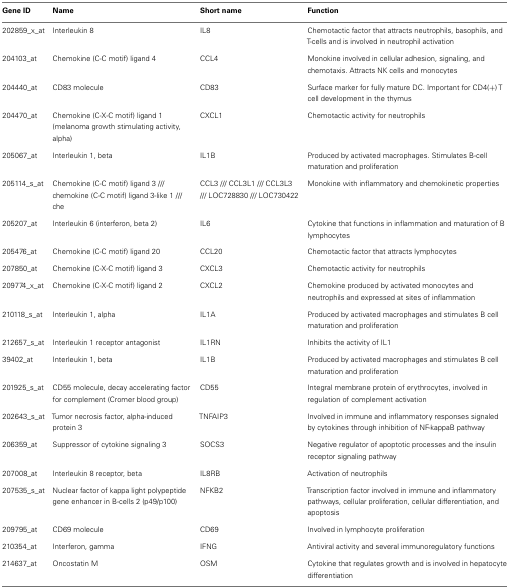
<table><thead><tr><td><b>Gene ID</b></td><td><b>Name</b></td><td><b>Short name</b></td><td><b>Function</b></td></tr></thead><tbody><tr><td>202859_x_at</td><td>Interleukin 8</td><td>IL8</td><td>Chemotactic factor that attracts neutrophils, basophils, and T-cells and is involved in neutrophil activation</td></tr><tr><td>204103_at</td><td>Chemokine (C-C motif) ligand 4</td><td>CCL4</td><td>Monokine involved in cellular adhesion, signaling, and chemotaxis. Attracts NK cells and monocytes</td></tr><tr><td>204440_at</td><td>CD83 molecule</td><td>CD83</td><td>Surface marker for fully mature DC. Important for CD4(+) T cell development in the thymus</td></tr><tr><td>204470_at</td><td>Chemokine (C-X-C motif) ligand 1 (melanoma growth stimulating activity, alpha)</td><td>CXCL1</td><td>Chemotactic activity for neutrophils</td></tr><tr><td>205067_at</td><td>Interleukin 1, beta</td><td>IL1B</td><td>Produced by activated macrophages. Stimulates B-cell maturation and proliferation</td></tr><tr><td>205114_s_at</td><td>Chemokine (C-C motif) ligand 3 /// chemokine (C-C motif) ligand 3-like 1 /// che</td><td>CCL3 /// CCL3L1 /// CCL3L3 /// LOC728830 /// LOC730422</td><td>Monokine with inflammatory and chemokinetic properties</td></tr><tr><td>205207_at</td><td>Interleukin 6 (interferon, beta 2)</td><td>IL6</td><td>Cytokine that functions in inflammation and maturation of B lymphocytes</td></tr><tr><td>205476_at</td><td>Chemokine (C-C motif) ligand 20</td><td>CCL20</td><td>Chemotactic factor that attracts lymphocytes</td></tr><tr><td>207850_at</td><td>Chemokine (C-X-C motif) ligand 3</td><td>CXCL3</td><td>Chemotactic activity for neutrophils</td></tr><tr><td>209774_x_at</td><td>Chemokine (C-X-C motif) ligand 2</td><td>CXCL2</td><td>Chemokine produced by activated monocytes and neutrophils and expressed at sites of inflammation</td></tr><tr><td>210118_s_at</td><td>Interleukin 1, alpha</td><td>IL1A</td><td>Produced by activated macrophages and stimulates B cell maturation and proliferation</td></tr><tr><td>212657_s_at</td><td>Interleukin 1 receptor antagonist</td><td>IL1RN</td><td>Inhibits the activity of IL1</td></tr><tr><td>39402_at</td><td>Interleukin 1, beta</td><td>IL1B</td><td>Produced by activated macrophages and stimulates B cell maturation and proliferation</td></tr><tr><td>201925_s_at</td><td>CD55 molecule, decay accelerating factor for complement (Cromer blood group)</td><td>CD55</td><td>Integral membrane protein of erythrocytes, involved in regulation of complement activation</td></tr><tr><td>202643_s_at</td><td>Tumor necrosis factor, alpha-induced protein 3</td><td>TNFAIP3</td><td>Involved in immune and inflammatory responses signaled by cytokines through inhibition of NF-kappaB pathway</td></tr><tr><td>206359_at</td><td>Suppressor of cytokine signaling 3</td><td>SOCS3</td><td>Negative regulator of apoptotic processes and the insulin receptor signaling pathway</td></tr><tr><td>207008_at</td><td>Interleukin 8 receptor, beta</td><td>IL8RB</td><td>Activation of neutrophils</td></tr><tr><td>207535_s_at</td><td>Nuclear factor of kappa light polypeptide gene enhancer in B-cells 2 (p49/p100)</td><td>NFKB2</td><td>Transcription factor involved in immune and inflammatory pathways, cellular proliferation, cellular differentiation, and apoptosis</td></tr><tr><td>209795_at</td><td>CD69 molecule</td><td>CD69</td><td>Involved in lymphocyte proliferation</td></tr><tr><td>210354_at</td><td>Interferon, gamma</td><td>IFNG</td><td>Antiviral activity and several immunoregulatory functions</td></tr><tr><td>214637_at</td><td>Oncostatin M</td><td>OSM</td><td>Cytokine that regulates growth and is involved in hepatocyte differentiation</td></tr></tbody></table>